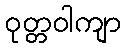
ဝုတ္တဝါကျာ